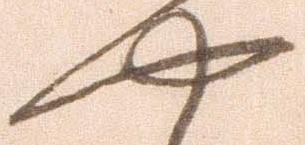
や